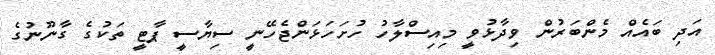
އަދި ބައެއް މެންބަރުން ވިދާޅުވީ މިއިސްލާހު ހުށަހަޅަންޖެހޭނީ ސިޔާސީ ޕާޓީ ތަކުގެ ގާނޫނުގެ